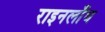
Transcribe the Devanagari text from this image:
राइनलाँघ